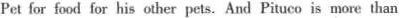
Pet for food for his other pets. And Pituco is more than